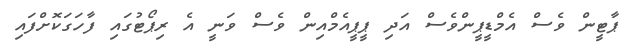
ޕާޓީން ވެސް އެމްޑީޕީންވެސް އަދި ޕީޕީއެމްއިން ވެސް ވަނީ އެ ރިޕޯޓުގައި ފާހަގަކޮށްފައި